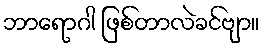
ဘာရောဂါ ဖြစ်တာလဲခင်ဗျာ။